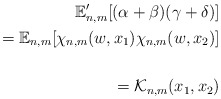
\begin{align*}\mathbb{E}_{n,m}'[(\alpha + \beta ) (\gamma + \delta)]\\= \mathbb{E}_{n,m} [\chi_{n,m} (w, x_1) \chi_{n,m} (w, x_2)] \\\\= \mathcal{K}_{n,m}(x_1, x_2)\end{align*}